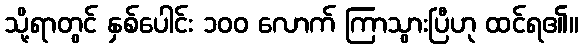
သို့ရာတွင် နှစ်ပေါင်း ၁၀၀ လောက် ကြာသွားပြီဟု ထင်ရ၏။